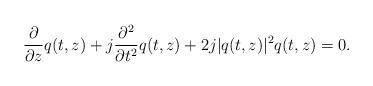
LaTeX: \begin{align*}\frac{\partial}{\partial z}q(t,z)+j\frac{\partial^2}{\partial t^2}q(t,z)+2j|q(t,z)|^2q(t,z)=0.\end{align*}